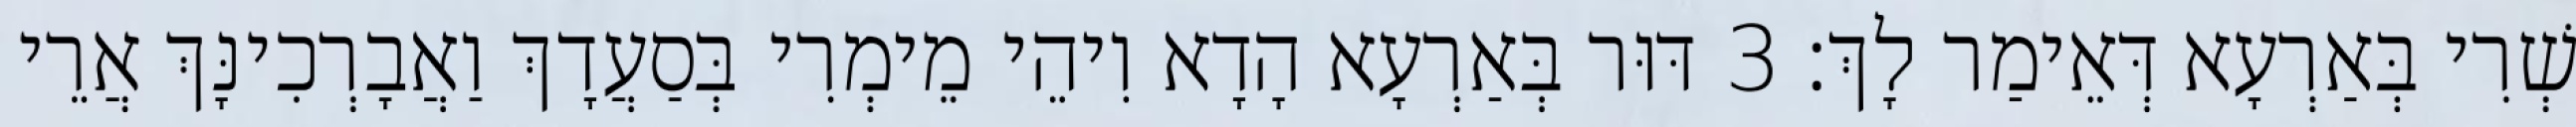
שְׁרִי בְּאַרְעָא דְּאֵימַר לָךְ׃ 3 דּוּר בְּאַרְעָא הָדָא וִיהֵי מֵימְרִי בְּסַעֲדָךְ וַאֲבָרְכִינָּךְ אֲרֵי